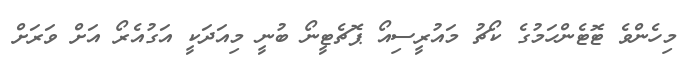
މިހެންވެ ޓޮޓެންހަމުގެ ކޯޗު މައުރީސިއޯ ޕޮޗެޓީނޯ ބުނީ މިއަދަކީ އަގުއެރޯ އަށް ވަރަށް